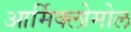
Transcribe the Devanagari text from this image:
आर्मिक्लोमोल